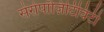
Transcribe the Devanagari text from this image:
सेरोपॉज़िटिविटी